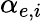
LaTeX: \alpha_{e,i}